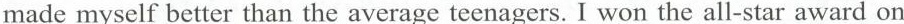
made myself better than the average teenagers. I won the all-star award on